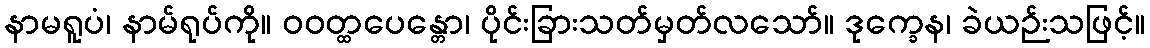
နာမရူပံ၊ နာမ်ရုပ်ကို။ ဝဝတ္ထပေန္တော၊ ပိုင်းခြားသတ်မှတ်လသော်။ ဒုက္ခေန၊ ခဲယဉ်းသဖြင့်။